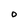
Character: O